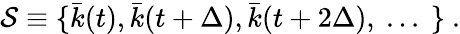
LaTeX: {\cal{S}}\equiv\{ \bar{k}(t),\bar{k}(t+\Delta),\bar{k}(t+2\Delta),\ ...\ \} \ .